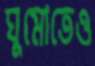
ঘুমোতেও